Indian journal of veterinary science and animal husbandry - Volume 12,
Year: 1942
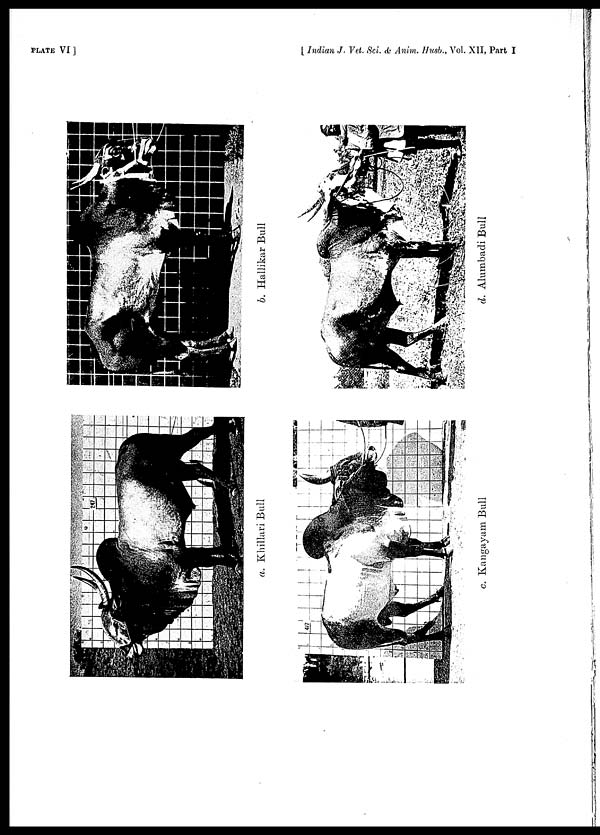
PLATE VI ]
[ Indian J. Vet. Sci. & Anim. Husb., Vol. XII, Part I
a. Khillari Bull
b. Hallikar Bull
c. Kangayam Bull
d. Alumbadi Bull